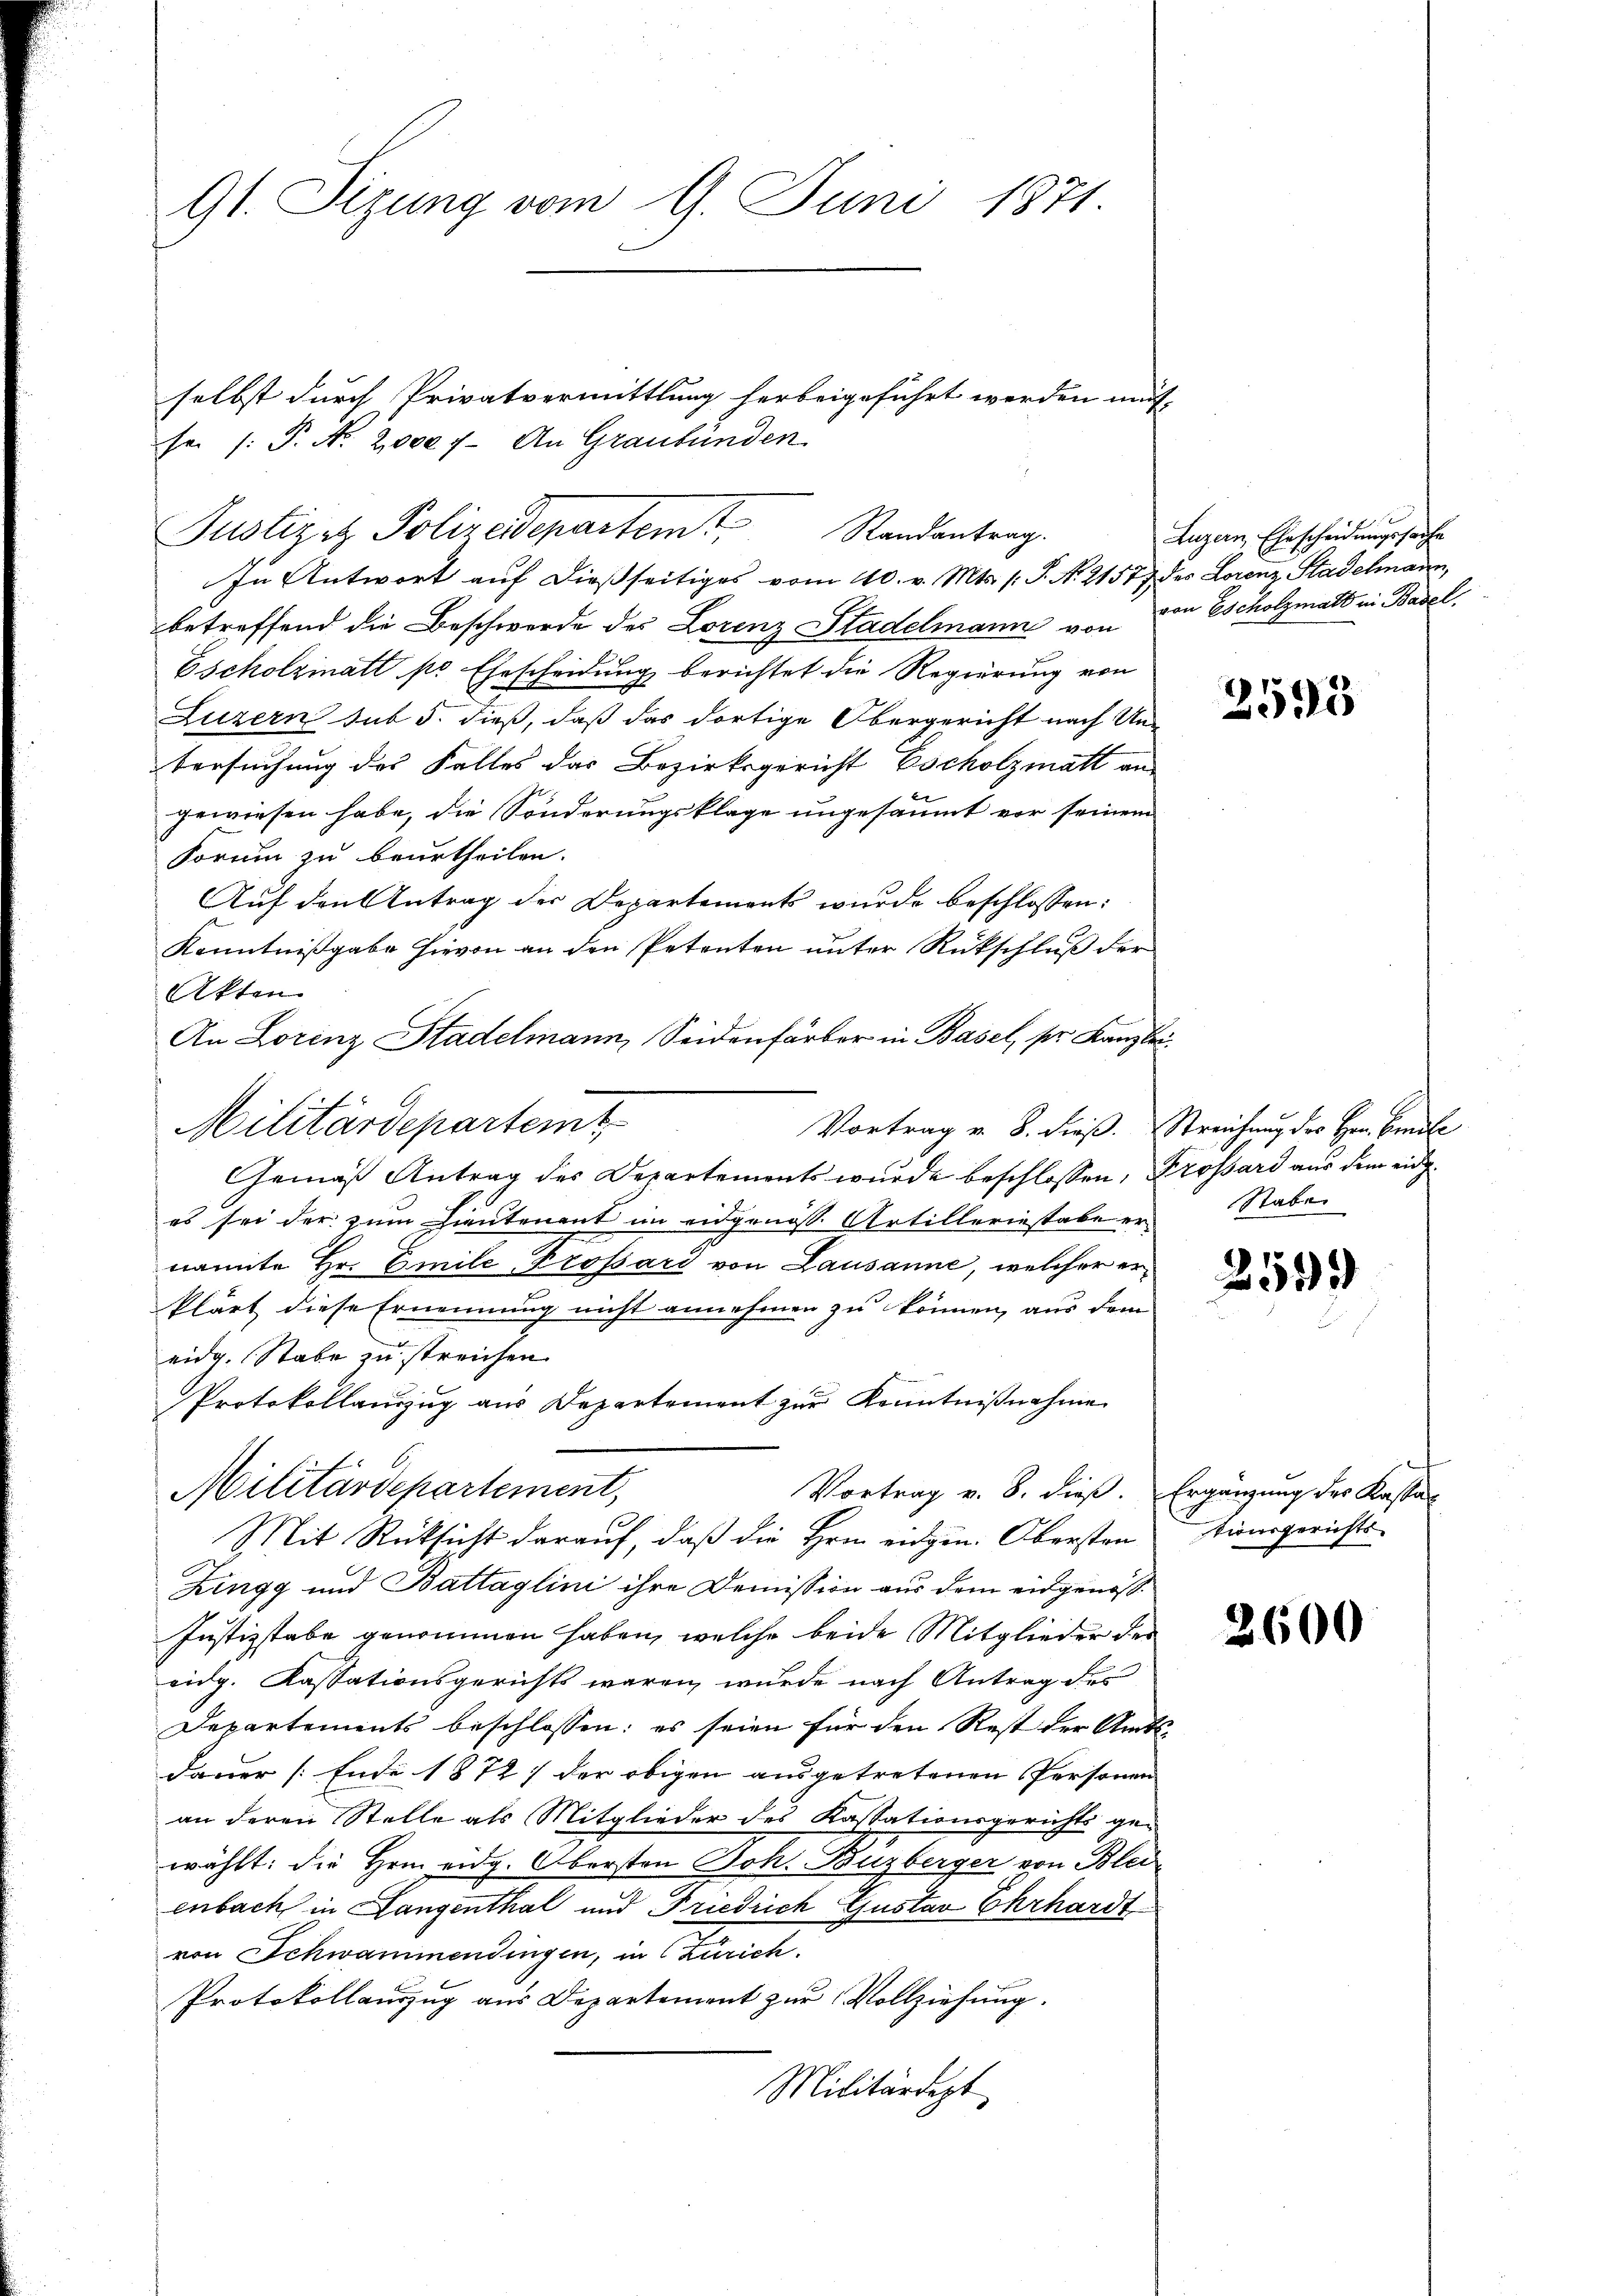
Gl. Sizung vom 9. Juni 1871.

Justizet Polizeidepartemt Randantrag.
In Antwort auf dießseitiges vom 10. v. Mts. /: P. N. 21577 des Lorenz Stadelmann,

selbst durch Privatvermittlung herbeigeführt werden müs-
se /: P. No. 2000 f. An Graubünden

betreffend die Beschwerde des Lorenz Stadelmann von
Escholzinati pr Ehescheidung berichtet die Regierung von
Luzern sub 5. dieß, daß das dortige Obergericht nach Un-
tersuchung des Falles das Bezirksgericht Escholzmatt an
gewiesen habe, die Sonderungsklage ungesäumt vor seinem
Forum zu beurtheilen.
Auf den Antrag der Departements wurde beschlossen:
Kenntnißgabe hievon an den Petenten unter Rückschluß der
Akten
An Lorenz Stadelmann, Seidenfärber in Basel, pr. Kanzlei
Vortrag v. 8. dieß. Streichung des Hrn. Sidle
Gemäß Antrag des Departements wurde beschlossen, Grossard aus dem eidg
es sei der zum Lieutenant im eidgenöss. Artilleriestabe er Raben
nannte Hr. Emile Prossard von Lausanne, welcher erklärt diese Ernennung nicht annehmen zu können, aus dem
eidg. Stabe zu streichen.
Protokollauszug aus Departement zur Kenntnißnahme
Militärdepartement,
Vortrag v. 8. dieß. Ergänzung des Kastan
Mit Rücksicht darauf, daß die Hrn. eidgen. Obersten
Zingg und Battaglini ihre Demission aus dem eidgenöss
Justizstabe genommen haben, welche beide Mitglieder des
eidg. Kassationsgerichts waren, wurde nach Antrag des
Departements beschlossen: es seien für den Rest der Amts-
dauer (Ende 1872] der obigen ausgetretenen Personen
an deren Stelle als Mitglieder des Kassationsgerichts gewählt: die Hrn. eidg. Obersten Joh. Buzberger von Blei
enbach in Langenthal und Friedrich Gustav Ehrhardt
von Schwammendingen, in Zürich
Protokollauszug aus Departement zur Vollziehung.
Militärdept

Militärdepartemt

Luzern, Ehescheidungssache
von Escholzmatt in Basel.

2595

259

tionsgerichts

2600